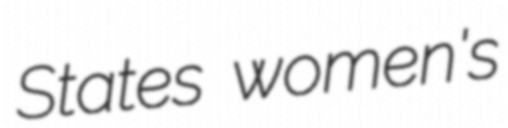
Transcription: States women's